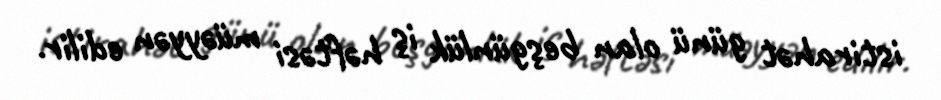
istirahət günü olan beşgünlük iş həftəsi müəyyən edilir.